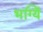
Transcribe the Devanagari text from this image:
भग्यिं